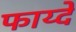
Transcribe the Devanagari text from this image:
फाय्दे